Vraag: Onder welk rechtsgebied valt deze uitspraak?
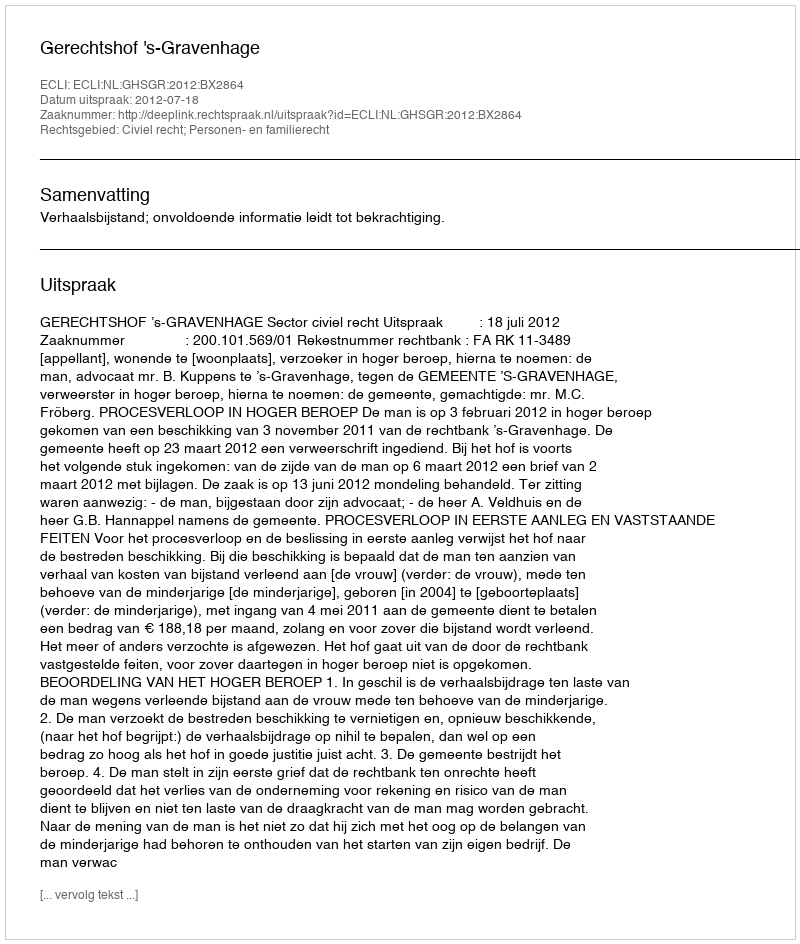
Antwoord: Civiel recht; Personen- en familierecht